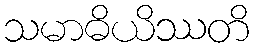
သမာဓိယိဿတိ